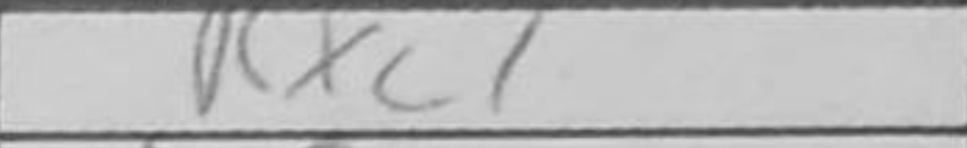
Transcription: Rxc1